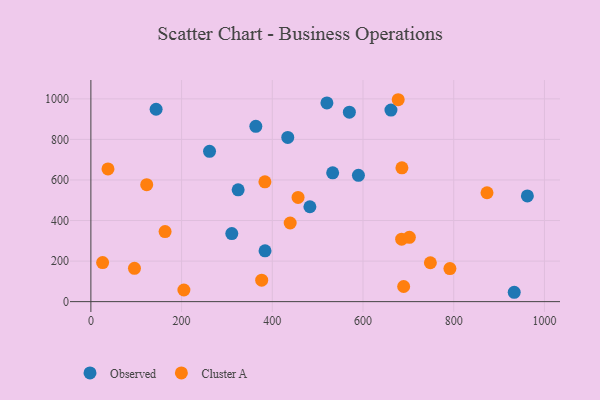
{"axis": {"x": "Ad Spend", "y": "Demand"}, "legend": ["Cluster A", "Observed"], "data": [{"x": "589.9", "y": 623.1, "type": "Observed"}, {"x": "261.6", "y": 741.1, "type": "Observed"}, {"x": "384.0", "y": 250.4, "type": "Observed"}, {"x": "324.7", "y": 551.4, "type": "Observed"}, {"x": "363.7", "y": 864.3, "type": "Observed"}, {"x": "434.1", "y": 809.6, "type": "Observed"}, {"x": "962.4", "y": 521.4, "type": "Observed"}, {"x": "310.7", "y": 335.6, "type": "Observed"}, {"x": "933.4", "y": 46.2, "type": "Observed"}, {"x": "482.9", "y": 467.9, "type": "Observed"}, {"x": "520.4", "y": 979.9, "type": "Observed"}, {"x": "569.9", "y": 934.4, "type": "Observed"}, {"x": "533.1", "y": 635.2, "type": "Observed"}, {"x": "143.8", "y": 948.7, "type": "Observed"}, {"x": "661.6", "y": 944.6, "type": "Observed"}, {"x": "685.2", "y": 308.0, "type": "Cluster A"}, {"x": "748.5", "y": 191.9, "type": "Cluster A"}, {"x": "376.6", "y": 106.1, "type": "Cluster A"}, {"x": "685.8", "y": 660.0, "type": "Cluster A"}, {"x": "439.4", "y": 387.7, "type": "Cluster A"}, {"x": "791.6", "y": 163.1, "type": "Cluster A"}, {"x": "25.9", "y": 192.9, "type": "Cluster A"}, {"x": "873.4", "y": 536.9, "type": "Cluster A"}, {"x": "677.6", "y": 995.7, "type": "Cluster A"}, {"x": "456.8", "y": 514.1, "type": "Cluster A"}, {"x": "96.1", "y": 164.5, "type": "Cluster A"}, {"x": "163.6", "y": 345.6, "type": "Cluster A"}, {"x": "205.1", "y": 57.5, "type": "Cluster A"}, {"x": "37.7", "y": 654.3, "type": "Cluster A"}, {"x": "123.1", "y": 576.6, "type": "Cluster A"}, {"x": "702.2", "y": 317.4, "type": "Cluster A"}, {"x": "689.6", "y": 74.7, "type": "Cluster A"}, {"x": "383.7", "y": 591.0, "type": "Cluster A"}]}